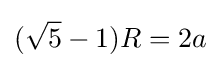
({\sqrt {5}}-1)R=2a\!